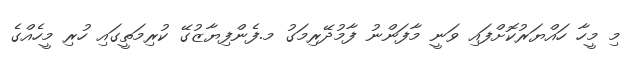
މި މީހާ ހައްޔަރުކޮށްފައި ވަނީ މާފަންނު ފާމުދޭރިމަގު މ.ފެންފިޔާޒުގޭ ކުރިމަތީގައި ހުރި މީހެއްގެ